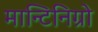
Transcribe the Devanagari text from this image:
मान्टिनिग्रो